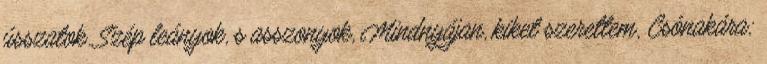
ússzatok. Szép leányok, s asszonyok, Mindnyájan, kiket szerettem, Csónakára;